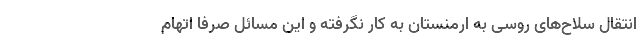
انتقال سلاح‌های روسی به ارمنستان به کار نگرفته و این مسائل صرفا اتهام